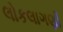
લોકલાગણી